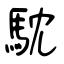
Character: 馾